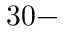
3 0 -